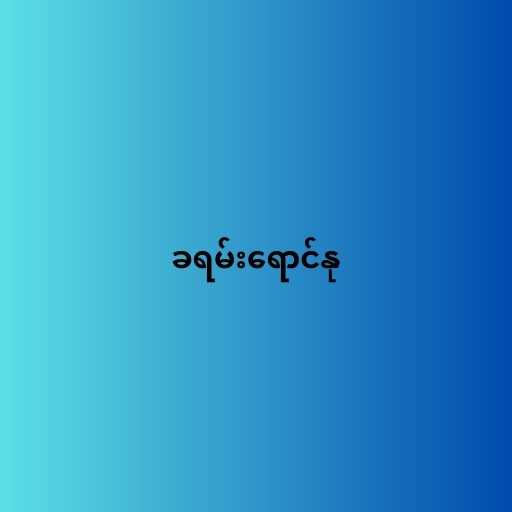
ခရမ်းရောင်နု